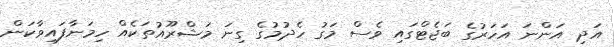
އަދި އަންނަ އަހަރުގެ ބަޖެޓްގައި ވެސް މަގު ހެދުމުގެ ގިނަ މަޝްރޫއުތަކެއް ހިމަނާފައިވާކަން